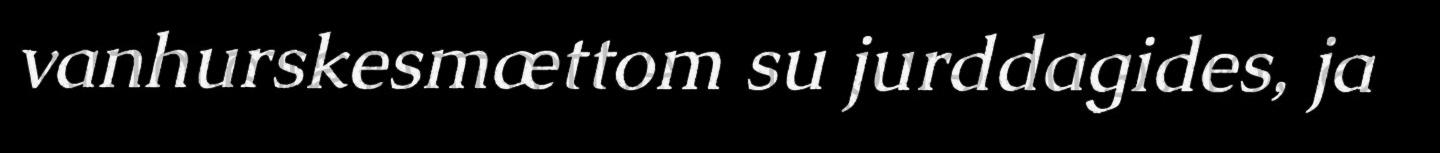
vanhurskesmættom su jurddagides, ja